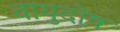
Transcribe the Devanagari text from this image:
वायुदोष